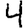
Digit: 4